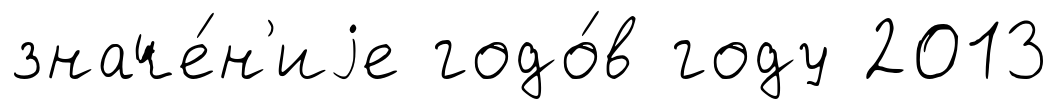
значе́н'иjе годо́в году 2013